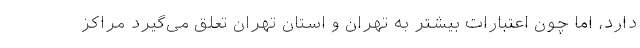
دارد، اما چون اعتبارات بیشتر به تهران و استان تهران تعلق می‌گیرد مراکز